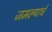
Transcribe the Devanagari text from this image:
जमल्याचे